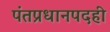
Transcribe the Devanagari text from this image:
पंतप्रधानपदही